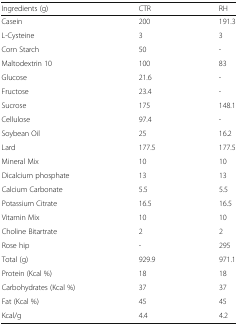
<table><thead><tr><td><b>Ingredients (g)</b></td><td><b>CTR</b></td><td><b>RH</b></td></tr></thead><tbody><tr><td>Casein</td><td>200</td><td>191.3</td></tr><tr><td>L-Cysteine</td><td>3</td><td>3</td></tr><tr><td>Corn Starch</td><td>50</td><td>-</td></tr><tr><td>Maltodextrin 10</td><td>100</td><td>83</td></tr><tr><td>Glucose</td><td>21.6</td><td>-</td></tr><tr><td>Fructose</td><td>23.4</td><td>-</td></tr><tr><td>Sucrose</td><td>175</td><td>148.1</td></tr><tr><td>Cellulose</td><td>97.4</td><td>-</td></tr><tr><td>Soybean Oil</td><td>25</td><td>16.2</td></tr><tr><td>Lard</td><td>177.5</td><td>177.5</td></tr><tr><td>Mineral Mix</td><td>10</td><td>10</td></tr><tr><td>Dicalcium phosphate</td><td>13</td><td>13</td></tr><tr><td>Calcium Carbonate</td><td>5.5</td><td>5.5</td></tr><tr><td>Potassium Citrate</td><td>16.5</td><td>16.5</td></tr><tr><td>Vitamin Mix</td><td>10</td><td>10</td></tr><tr><td>Choline Bitartrate</td><td>2</td><td>2</td></tr><tr><td>Rose hip</td><td>-</td><td>295</td></tr><tr><td>Total (g)</td><td>929.9</td><td>971.1</td></tr><tr><td>Protein (Kcal %)</td><td>18</td><td>18</td></tr><tr><td>Carbohydrates (Kcal %)</td><td>37</td><td>37</td></tr><tr><td>Fat (Kcal %)</td><td>45</td><td>45</td></tr><tr><td>Kcal/g</td><td>4.4</td><td>4.2</td></tr></tbody></table>